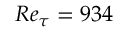
R e _ { \tau } = 9 3 4